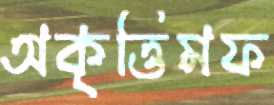
অকৃত্তিমফ